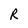
Character: R